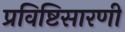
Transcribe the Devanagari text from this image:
प्रविष्टिसारणी